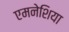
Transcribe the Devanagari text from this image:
एमनेशिया